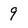
Character: 9